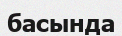
басында